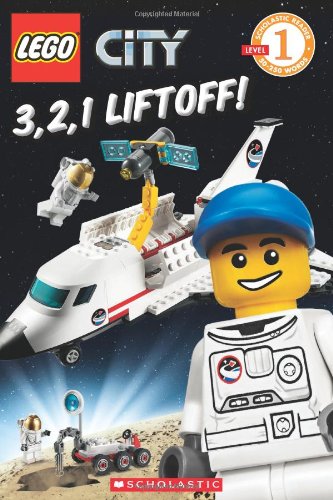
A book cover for LEGO City: 3, 2, 1, Liftoff! (Level 1); Scholastic; Children's Books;